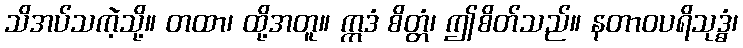
သိအပ်သကဲ့သို့။ တထာ၊ ထို့အတူ။ ဣဒံ စိတ္တံ၊ ဤစိတ်သည်။ နတာဝပရိသုဒ္ဓံ၊